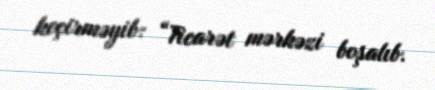
keçirməyib: “Ticarət mərkəzi boşalıb.